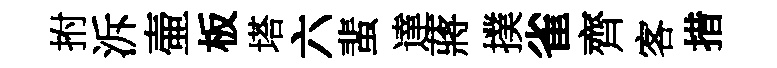
拊泝壷板塔六蜚達蔣撲雀齊客措